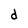
Character: d